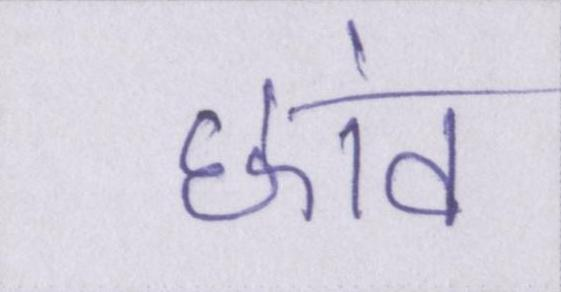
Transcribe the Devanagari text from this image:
छांव